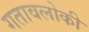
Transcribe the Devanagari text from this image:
गतावलोकी